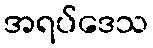
အရပ်ဒေသ